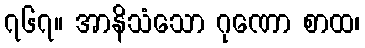
၇၆၇။ အာနိသံသော ဂုဏော စာထ၊